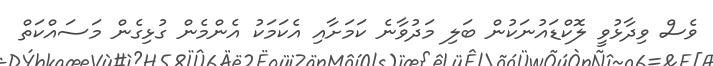
ވެސް ވިދާޅުވީ ލޮކްޑައުނަކުން ބަލި މަދުވާނެ ކަމަށާއި އެކަމަކު އެންމެން ގުޅިގެން މަސައްކަތް